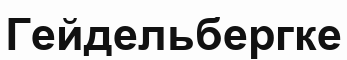
Гейдельбергке